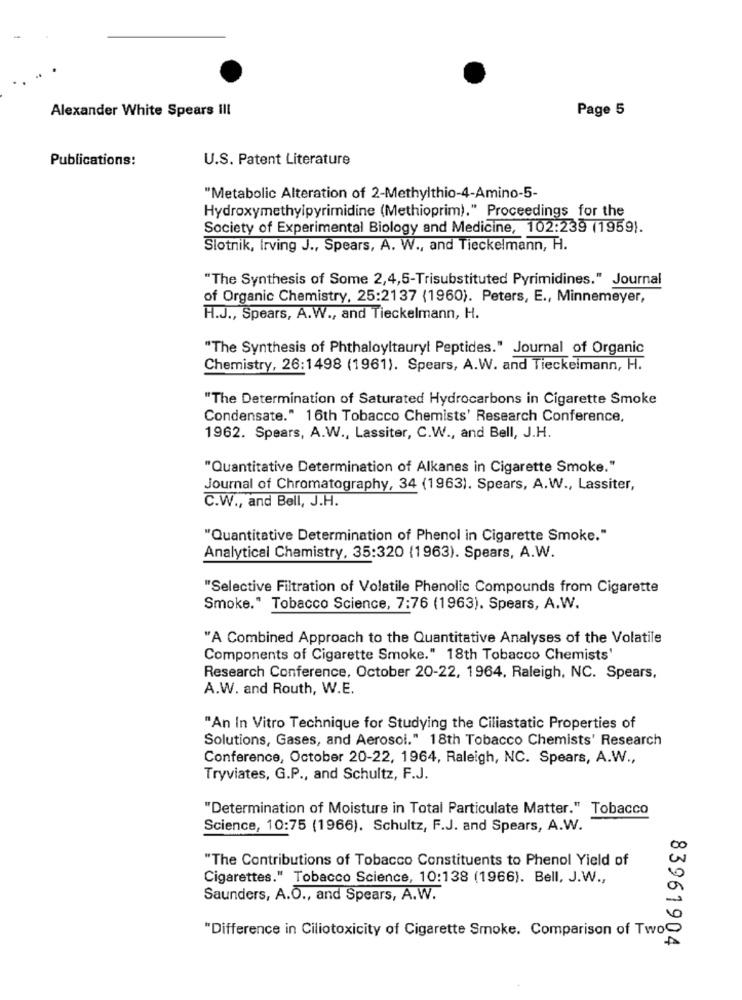
Alexander White Spears III
Page 5
Publications:
U.S. Patent Literature
"Metabolic Alteration of 2-Methylthio-4-Amino-5-
Hydroxymethylpyrimidine (Methioprim)." Proceedings for the
Society of Experimental Biology and Medicine, 102:239 (1959).
Slotnik, Irving J ., Spears, A. W ., and Tieckelmann, H.
"The Synthesis of Some 2,4,5-Trisubstituted Pyrimidines." Journal
of Organic Chemistry, 25:2137 (1960). Peters, E ., Minnemeyer,
H.J ., Spears, A.W ., and Tieckelmann, H.
"The Synthesis of Phthaloyitauryt Peptides." Journal of Organic
Chemistry, 26:1498 (1961). Spears, A.W. and Tieckelmann, H.
"The Determination of Saturated Hydrocarbons in Cigarette Smoke
Condensate." 16th Tobacco Chemists' Research Conference,
1962. Spears, A.W ., Lassiter, C.W ., and Bell, J.H.
"Quantitative Determination of Alkanes in Cigarette Smoke."
Journal of Chromatography, 34 (1963). Spears, A.W ., Lassiter,
C.W ., and Bell, J.H.
"Quantitative Determination of Phenol in Cigarette Smoke."
Analytical Chemistry, 35:320 (1963). Spears, A.W.
"Selective Filtration of Volatile Phenolic Compounds from Cigarette
Smoke." Tobacco Science, 7:76 (1963). Spears, A.W.
"A Combined Approach to the Quantitative Analyses of the Volatile
Components of Cigarette Smoke." 18th Tobacco Chemists'
Research Conference, October 20-22, 1964, Raleigh, NC. Spears,
A.W. and Routh, W.E.
"An In Vitro Technique for Studying the Ciliastatic Properties of
Solutions, Gases, and Aerosol." 18th Tobacco Chemists' Research
Conference, October 20-22, 1964, Raleigh, NC. Spears, A.W .,
Tryviates, G.P ., and Schultz, F.J.
"Determination of Moisture in Total Particulate Matter." Tobacco
Science, 10:75 (1966). Schultz, F.J. and Spears, A.W.
"The Contributions of Tobacco Constituents to Phenol Yield of
Cigarettes." Tobacco Science, 10:138 (1966). Bell, J.W .,
Saunders, A.O ., and Spears, A.W.
"Difference in Ciliotoxicity of Cigarette Smoke. Comparison of Two
83961904